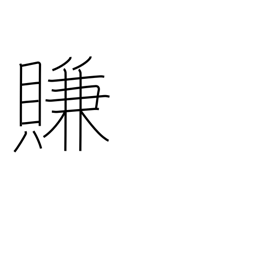
Meaning: coax